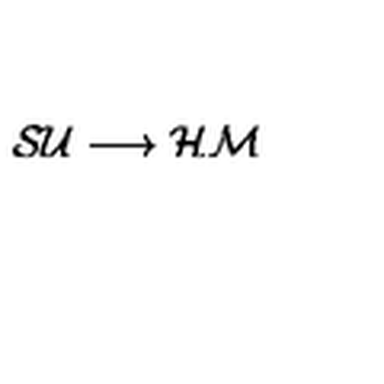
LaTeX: { \cal S U } \longrightarrow { \cal H M }